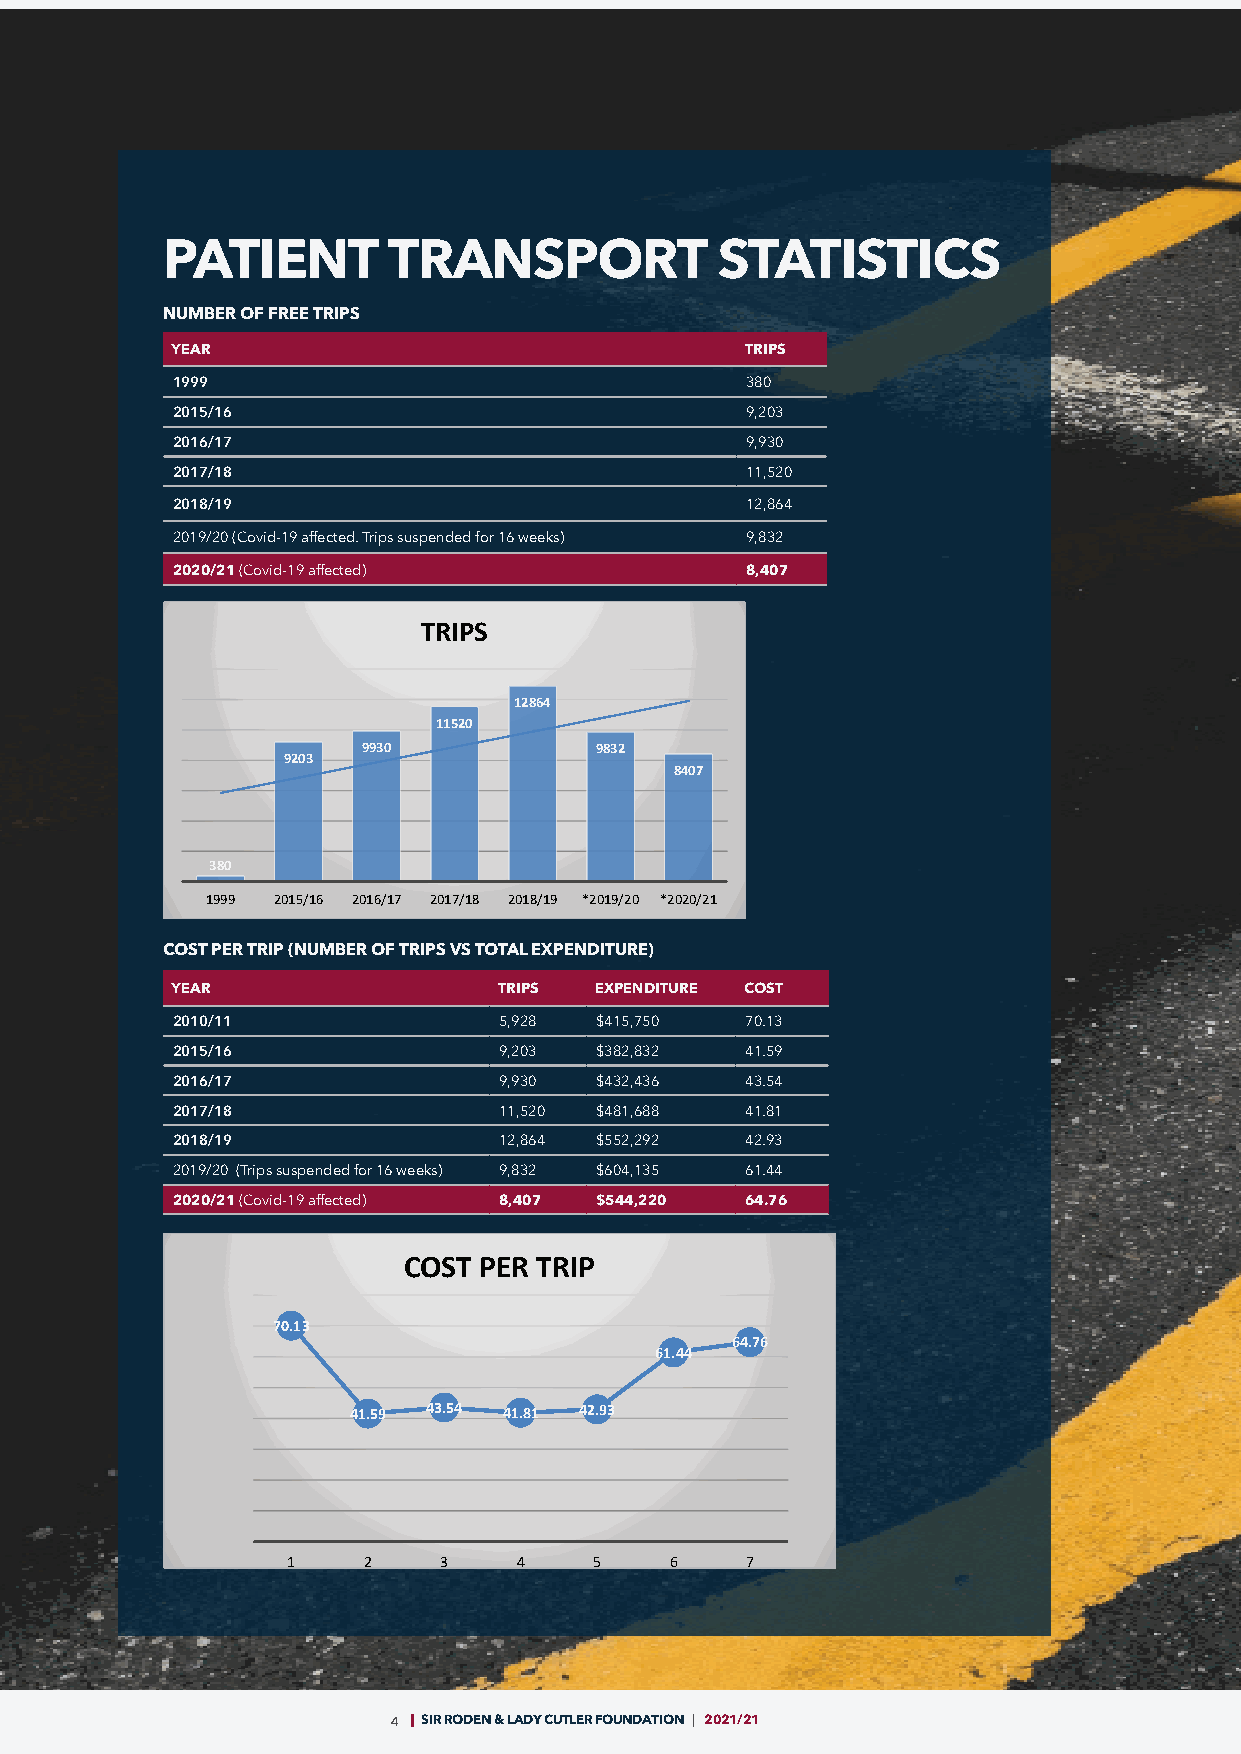
PATIENT        TRANSPORT            STATISTICS
 NUMBER OF FREE TRIPS
 YEAR                                  TRIPS
 1999                                  380
 2015/16                               9,203
 2016/17                               9,930
 2017/18                               11,520
 2018/19                               12,864
 2019/20 (Covid-19 affected. Trips suspended for 16 weeks) 9,832
 2020/21 (Covid-19 affected)           8,407
 TRIPS
 12864
 11520
 9930           9832
 9203
 8407
 380
 1999 2015/16 2016/17 2017/18 2018/19 *2019/20 *2020/21
 COST PER TRIP (NUMBER OF TRIPS VS TOTAL EXPENDITURE)
 YEAR                  TRIPS EXPENDITURE COST
 2010/11               5,928 $415,750  70.13
 2015/16               9,203 $382,832  41.59
 2016/17               9,930 $432,436  43.54
 2017/18               11,520 $481,688 41.81
 2018/19               12,864 $552,292 42.93
 2019/20 (Trips suspended for 16 weeks) 9,832 $604,135 61.44
 2020/21 (Covid-19 affected) 8,407 $544,220 64.76
 COST PER TRIP
 70.13
 64.76
 61.44
 41.59 43.54 41.81 42.93
 1    2    3    4    5    6    7
 4 SIR RODEN & LADY CUTLER FOUNDATION | 2021/21